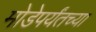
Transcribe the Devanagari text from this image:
मोडेपर्यंतच्या